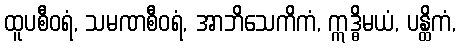
ထူပစီဝရံ, သမဏစီဝရံ, အာဘိသေကိကံ, ဣဒ္ဓိမယံ, ပန္ထိကံ,